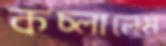
কচ্‌লালেম